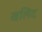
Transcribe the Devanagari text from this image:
खलिद